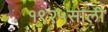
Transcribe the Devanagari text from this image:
१९२५साली